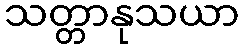
သတ္တာနုသယာ